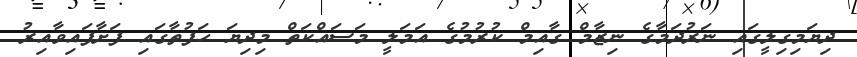
ދިޔަމިގިލީގައި ނަރުދަމާގެ ނިޒާމް ގާއިމް ކުރުމުގެ އަމަލީ މަސައްކަތް މިދިޔަ ހަފުތާގައި ފަށާފައިވާއިރު